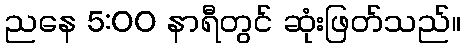
ညနေ 5:00 နာရီတွင် ဆုံးဖြတ်သည်။